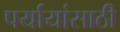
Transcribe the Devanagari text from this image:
पर्यायांसाठी